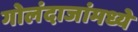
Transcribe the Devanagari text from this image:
गोलंदाजांमध्ये